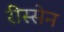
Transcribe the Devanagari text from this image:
रीस्सेन